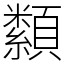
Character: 纇